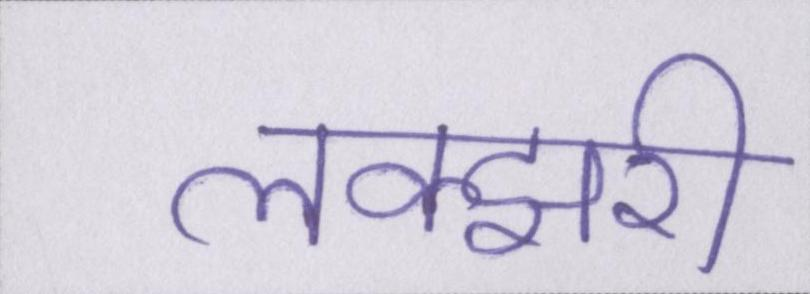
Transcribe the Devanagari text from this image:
लक्झरी